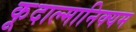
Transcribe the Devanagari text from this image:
कूदाल्मानिक्यम